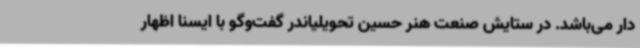
دار می‌باشد. در ستایش صنعت هنر حسین تحویلیاندر گفت‌وگو با ایسنا اظهار